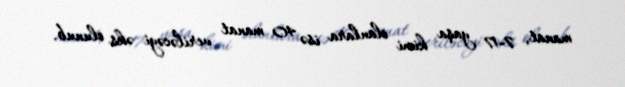
manat, 7-17 yaşa kimi olanlara isə 40 manat veriləcəyi əks olunub.